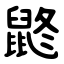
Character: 鼨